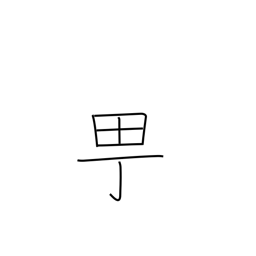
Meaning: town